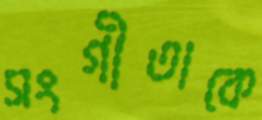
সংগীতাকে